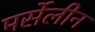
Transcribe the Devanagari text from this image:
मर्सेलीन